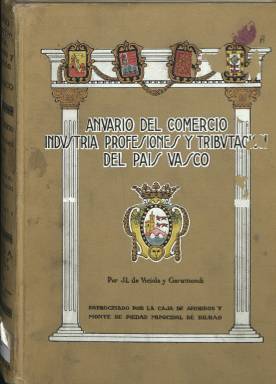
Título: Anuario del comercio, industria, profesiones y tributación del País Vasco
Colección: Guías y directorios || Economía
Ámbito geográfico: Vizcaya
Lugar de publicación: Bilbao
Fechas: 01/01/1929-31/12/1930

Es continuación de la Guía comercial, industrial y tributaria de Vizcaya y Guipúzcoa, editada en 1926 y 1927 por la Caja de Ahorros y Monte de Piedad Municipal de Bilbao. Entre 1928 y 1931 adopta este título, y en la colección de la Biblioteca Nacional de España se encuentran los anuarios correspondientes a los años 1929 y 1930; el primero de más de setecientas páginas y, el segundo, supera el millar. En la cubierta de ambos van estampados los escudos de las tres provincias vascas y de Navarra, a las que se refieren los contenidos de la publicación.

Se trata de una guía o directorio de periodicidad anual, que estuvo dirigido por Juan Luis de Viciola y Garamendi, entonces inspector jefe del Servicio de Investigación de Tributos de la Diputación de Vizcaya, y patrocinado y subvencionado por la citada entidad de ahorros. En la edición para 1930, es ampliado con una importante sección turística, que estuvo dirigida por el abogado y periodista Esteban Calle Iturrino (1892-1977), que entonces era secretario general de la entidad editora.

Comienza con un directorio del denominado “elemento oficial”, es decir de quienes integraban las instituciones, como las audiencias territoriales y provinciales, diputaciones, ayuntamientos, cámaras oficiales, gobierno eclesiástico u otros organismos públicos (escuelas e institutos de enseñanza, corporaciones profesionales, etc.). Los datos se presentan por orden geográfico, iniciando una breve descripción de cada provincia, capital y municipios. Seguidamente da cuenta así mismo del nomenclátor de todos los comerciantes y comercios, industrias y profesionales, también siguiendo un orden geográfico y alfabético. La segunda parte está dedicada a la sección tributaria, con la publicación del reglamento del concierto económico y de los arbitrios, contribuciones o tarifas, cuyos datos también son expuestos por provincias.

La publicación inserta igualmente numerosa publicidad comercial y al final de cada volumen una serie de índices alfabéticos, desde el geográfico al de anunciantes. Así mismo, en el anuario de 1929 publica algunos fotograbados de diversas dependencias de la citada caja de ahorros municipal de Bilbao.

La edición de 1930, además de incluir los datos hasta ahora indicados, dedica en torno a un centenar de páginas a una guía turística, también dividida geográficamente, con información de esta naturaleza, pero acompañadas de un buen número de fotograbados y otras ilustraciones tanto de vistas de las ciudades, poblaciones y zonas rurales y costeras como de sus edificios monumentales y singulares. En este caso, el anuario fue editado por el Centro de Turismo y Fomento de Vizcaya y costeado por la citada caja de ahorros bilbaína.